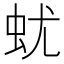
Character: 蚘